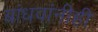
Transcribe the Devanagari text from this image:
बांधवांनीही